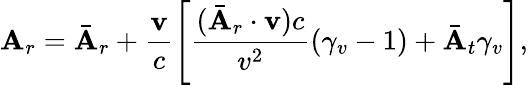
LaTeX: \mathbf{A}_{r}=\bar{\mathbf{A}}_{r}+\frac{\mathbf{v}}{c}\left[\frac{(\bar{\mathbf{A}}_{r}\cdot\mathbf{v})c}{v^{2}}(\gamma_{v}-1)+\bar{\mathbf{A}}_{t}\gamma_{v}\right],